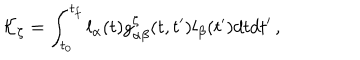
LaTeX: { \cal K } _ { \zeta } = \int _ { t _ { 0 } } ^ { t _ { f } } l _ { \alpha } ( t ) g _ { \alpha \beta } ^ { \zeta } ( t , t ^ { \prime } ) l _ { \beta } ( t ^ { \prime } ) d t d t ^ { \prime } \, ,